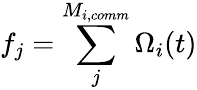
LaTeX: f_{j}=\sum_{j}^{M_{i,comm}}\Omega_{i}(t)